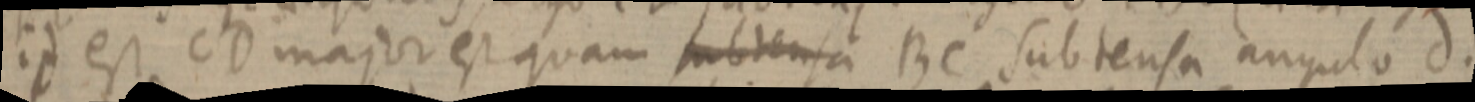
id est CD major est quam subtensa BC subtensa angulo d.